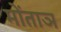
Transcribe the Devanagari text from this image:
मोंताञ